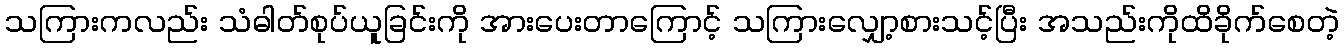
သကြားကလည်း သံဓါတ်စုပ်ယူခြင်းကို အားပေးတာကြောင့် သကြားလျှော့စားသင့်ပြီး အသည်းကိုထိခိုက်စေတဲ့